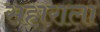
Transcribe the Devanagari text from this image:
सहाराला